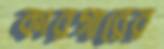
কারগারের